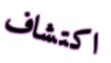
اكتشاف